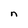
Character: n